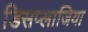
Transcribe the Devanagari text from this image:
डिसप्लाजिया